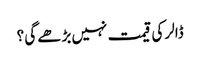
ڈالر کی قیمت نہیں بڑھے گی ؟